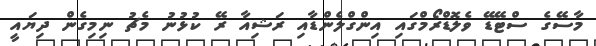
މާސޭގެ ސްޓޭޑޭ ވެލޮޑްރޯމްގައި އިންގްލެންޑާއި ރަޝިއާ ރޭ ކުޅުނު މެޗު ނިމިގެން ދިޔައީ